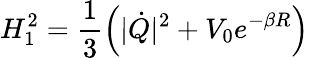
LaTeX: H_{1}^{2}=\frac{1}{3}\left(|\dot{Q}|^{2}+V_{0}e^{-\beta R}\right)